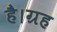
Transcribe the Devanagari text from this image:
है।ग्रह